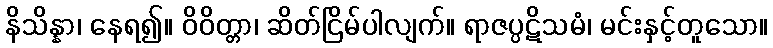
နိသိန္နာ၊ နေရ၍။ ဝိဝိတ္တာ၊ ဆိတ်ငြိမ်ပါလျက်။ ရာဇပ္ပဋိသမံ၊ မင်းနှင့်တူသော။